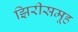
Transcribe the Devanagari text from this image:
झिरीसमूह